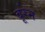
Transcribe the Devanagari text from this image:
बूरेन